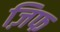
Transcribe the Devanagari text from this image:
ज़िफ